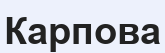
Карпова